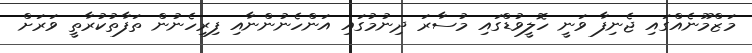
މަޒްމޫނެއްގައި ޖެނިފާ ވަނީ ހޮލީވުޑްގައި މުސާރަ ދިނުމުގައި އަންހެނުންނާއި ފިރިހެނުން ތަފާތުކުރާތީ ވަރަށް